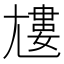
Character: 𡰌